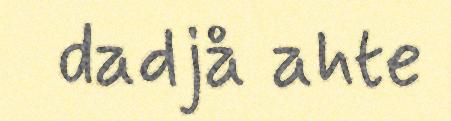
dadjå ahte